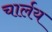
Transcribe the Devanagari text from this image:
चार्लय